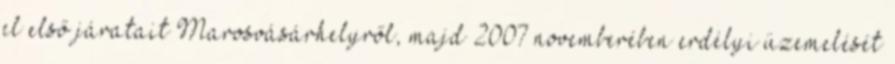
el első járatait Marosvásárhelyről, majd 2007 novemberében erdélyi üzemelését